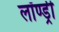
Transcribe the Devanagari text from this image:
लॉण्ड्री